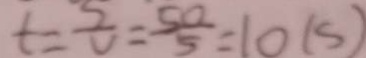
t = \frac { S } { V } = \frac { 5 0 } { 5 } = 1 0 ( s )